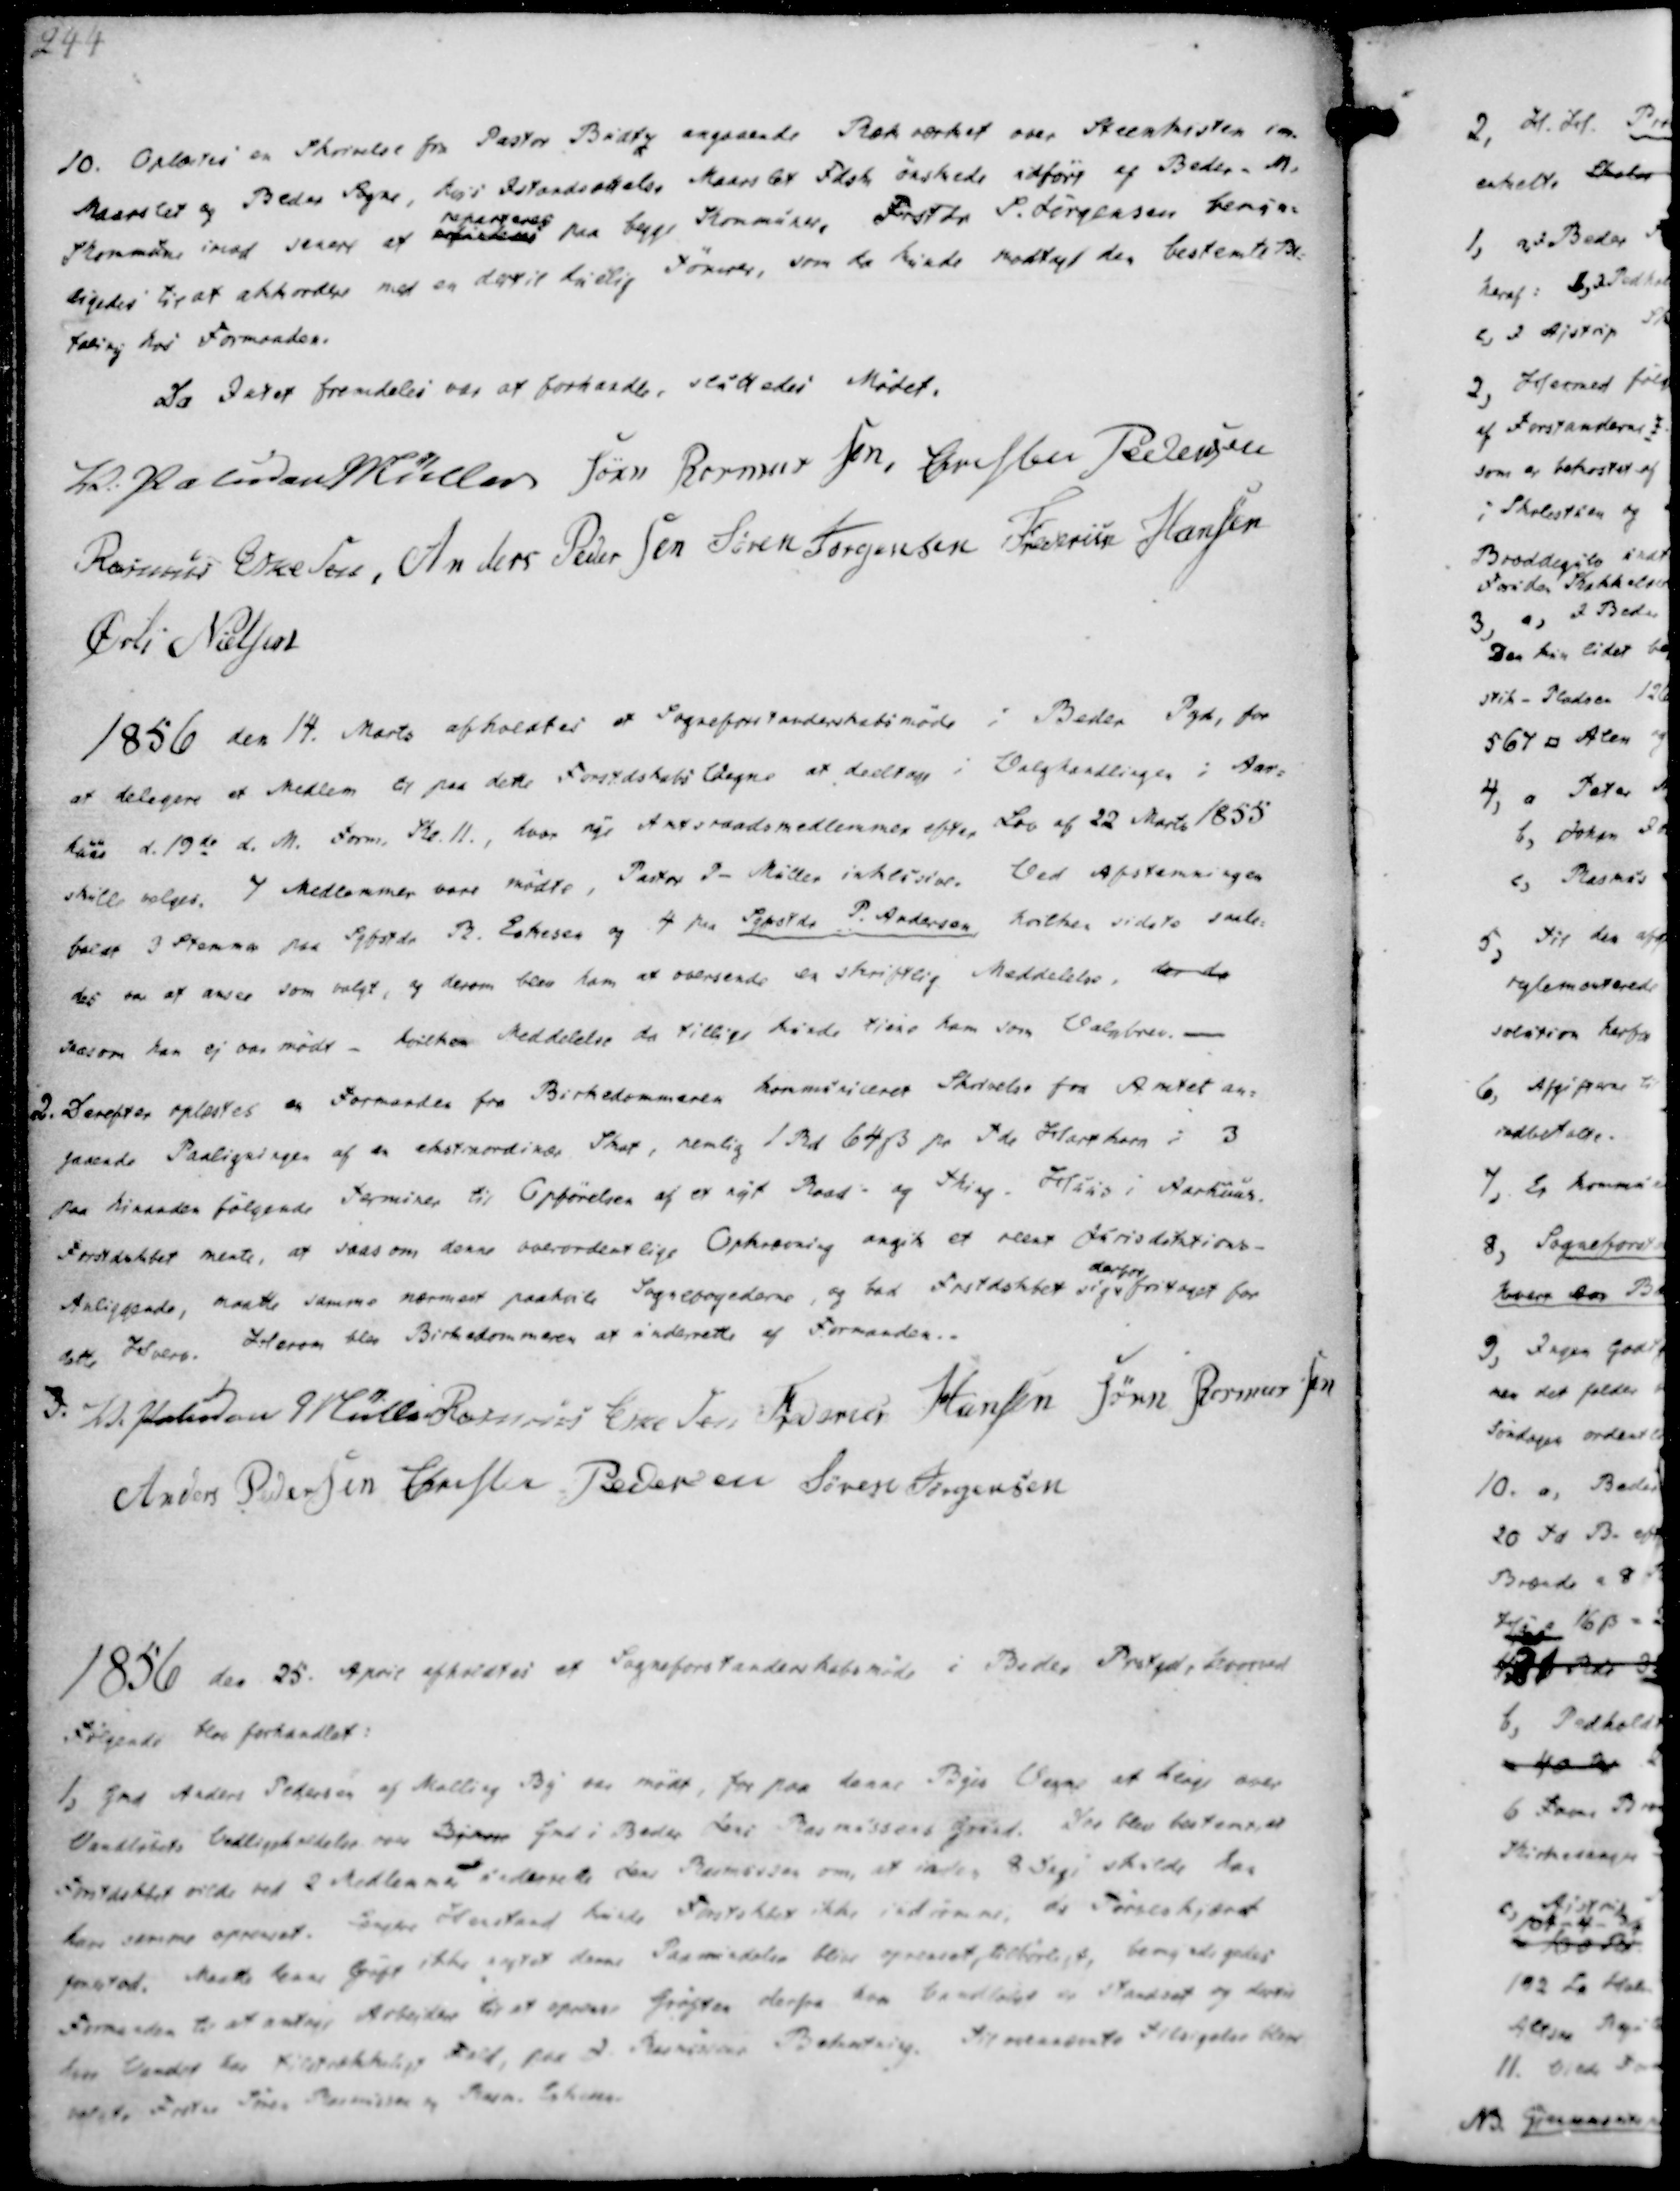
Transskription:
10. Oplæstes en Skrivelse fra Pastor Budtz angaaende Rækværket over Steenkisten om
Maarslet og Beder Sogne, kost Istandsættelse, Maarslet Fdsk ønskede udført af Beder-M.
Kommune imod senere af refunderes
reparteres
paa begge Kommuner, Frostdr S. Jørgensen kenje-
ligedes til at akkordere med en dertil taalig Tømrer, som da kunde modtage den bestemte Be-
taling hos Formanden.

Da Intet fremdeles var at forhandle, sluttedes Mødet.
V. Paludan Müller
Søren Rasmussen
Christen Pedersen
Rasmus Eskesen,
Anders Pedersen
Søren Jørgensen 
Frederik Hansen
Øvli Nielsen

1856 den 14. Marts afholdtes et Sogneforstanderskabsmøde i Beder Pgd, for
at delegere et Medlem til paa dette Forstdskabs Vegne at deeltage i Valghandlingen i Aar-
huus d. 19de d. M. Form. Kl. 11., hvor nye Amtsraadsmedlemmer efter Lov af 22 Marts 1855
skulle vælges. 7 Medlemmer vare mødte, Pastor P- Müller inklusive. Ved afstemningen
faldt 3 Stemmer paa Sgfstdr R. Eskesen og 4 paa Sgfstdr P. Andersen, hvilken sidste saale-
des var at ansee som valgt, og derom blev ham at oversende en skriftlig Meddeleles, der da
saasom han ej var mødt - hvilken Meddelelse da tillige kunde tiene ham som Valgbrev. -
2. Derefter oplæstes en Formanden fra Birkedommeren kommuniceret Skrivelse fra Amtet an-
gaaende Paaligningen af en ekstraordinær Skat, nemlig 1 Rd 64 ẞ pr Tde Hartkorn i 3
paa hinanden følgende Terminer til Opførelsen af et nyt Raad- og Thing - Huus i Aarhuus.
Forstdskbet mente, at saasom denne overordentlige Opkrævelig angik et reent Jurisdiktions-
Anliggende, maatte samme nærmest paahvile Sognefogederne, og bad Frstdskbet sig
derfor
fritaget for
dette Hverv. Herom blev Birkedommeren at underrette af Formanden.

3.
V. Paludan Müller
Rasmus Eskesen
Frederik Hansen
Søren Rasmussen
Anders Pedersen
Christen Pedersen
Søren Jørgensen

1856 den 25. April afholdtes et Sogneforstanderskabsmøde i Beder Prstgd, hvorved
Følgende blev forhandlet:

1, Gmd Anders Pedersen af Malling By var mødt, for paa denne Byes Vegne at klage over
Vandløbets Vedligeholdelse over Bymose Gmd i Beder Jens Rasmussens Gaard. Der blev bestemt, at
Forstdskbet vilde ved 2 Medlemmer i underrette Jens Rasmussen om, at inden 8 Dage skulde han
have samme oprenset. Langtes Henstand kunde Forstskbet ikke indrømme, da Forstskærs
paastod. Maatte denne Grøft ikke uagtet denne Paamindelse blive oprenset tilbørligt, bemyndigedes
Formanden til at antage Arbejder til at oprense Grøften derfra hos bemeltedet er Standset og derfor
den Vandet har Tilstrækkelig Fald, paa J. Rasmussens Beskating. Til ovennævnte Tilsigelse bleve
valgte Foster Søren Rasmussen og Rasm. Eskesen.